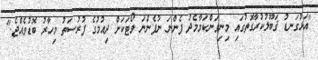
"އަޅުގަނޑު ޤަބޫލުކުރާގޮތުގައި މިނިވަންކަމާމެދު ފެންނަ ނުފެންނަ ވޯޓަކަށް ދިއުމުގެ ފުރުސަތު މިހާރު ބޮޑުވެއްޖެ."